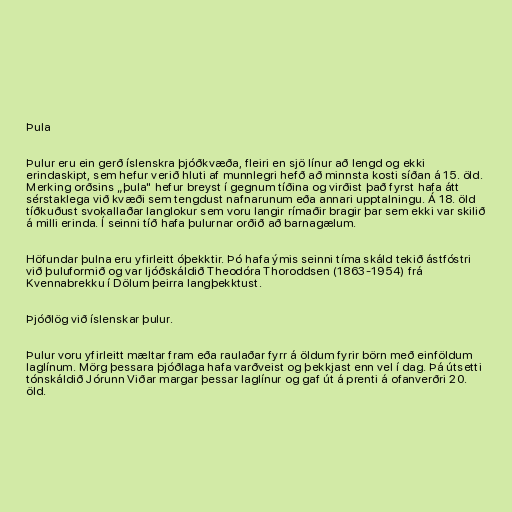
Þula

Þulur eru ein gerð íslenskra þjóðkvæða, fleiri en sjö línur að lengd og ekki
erindaskipt, sem hefur verið hluti af munnlegri hefð að minnsta kosti síðan á 15. öld.
Merking orðsins „þula" hefur breyst í gegnum tíðina og virðist það fyrst hafa átt
sérstaklega við kvæði sem tengdust nafnarunum eða annari upptalningu. Á 18. öld
tíðkuðust svokallaðar langlokur sem voru langir rímaðir bragir þar sem ekki var skilið
á milli erinda. Í seinni tíð hafa þulurnar orðið að barnagælum.

Höfundar þulna eru yfirleitt óþekktir. Þó hafa ýmis seinni tíma skáld tekið ástfóstri
við þuluformið og var ljóðskáldið Theodóra Thoroddsen (1863-1954) frá
Kvennabrekku í Dölum þeirra langþekktust.

Þjóðlög við íslenskar þulur.

Þulur voru yfirleitt mæltar fram eða raulaðar fyrr á öldum fyrir börn með einföldum
laglínum. Mörg þessara þjóðlaga hafa varðveist og þekkjast enn vel í dag. Þá útsetti
tónskáldið Jórunn Viðar margar þessar laglínur og gaf út á prenti á ofanverðri 20.
öld.